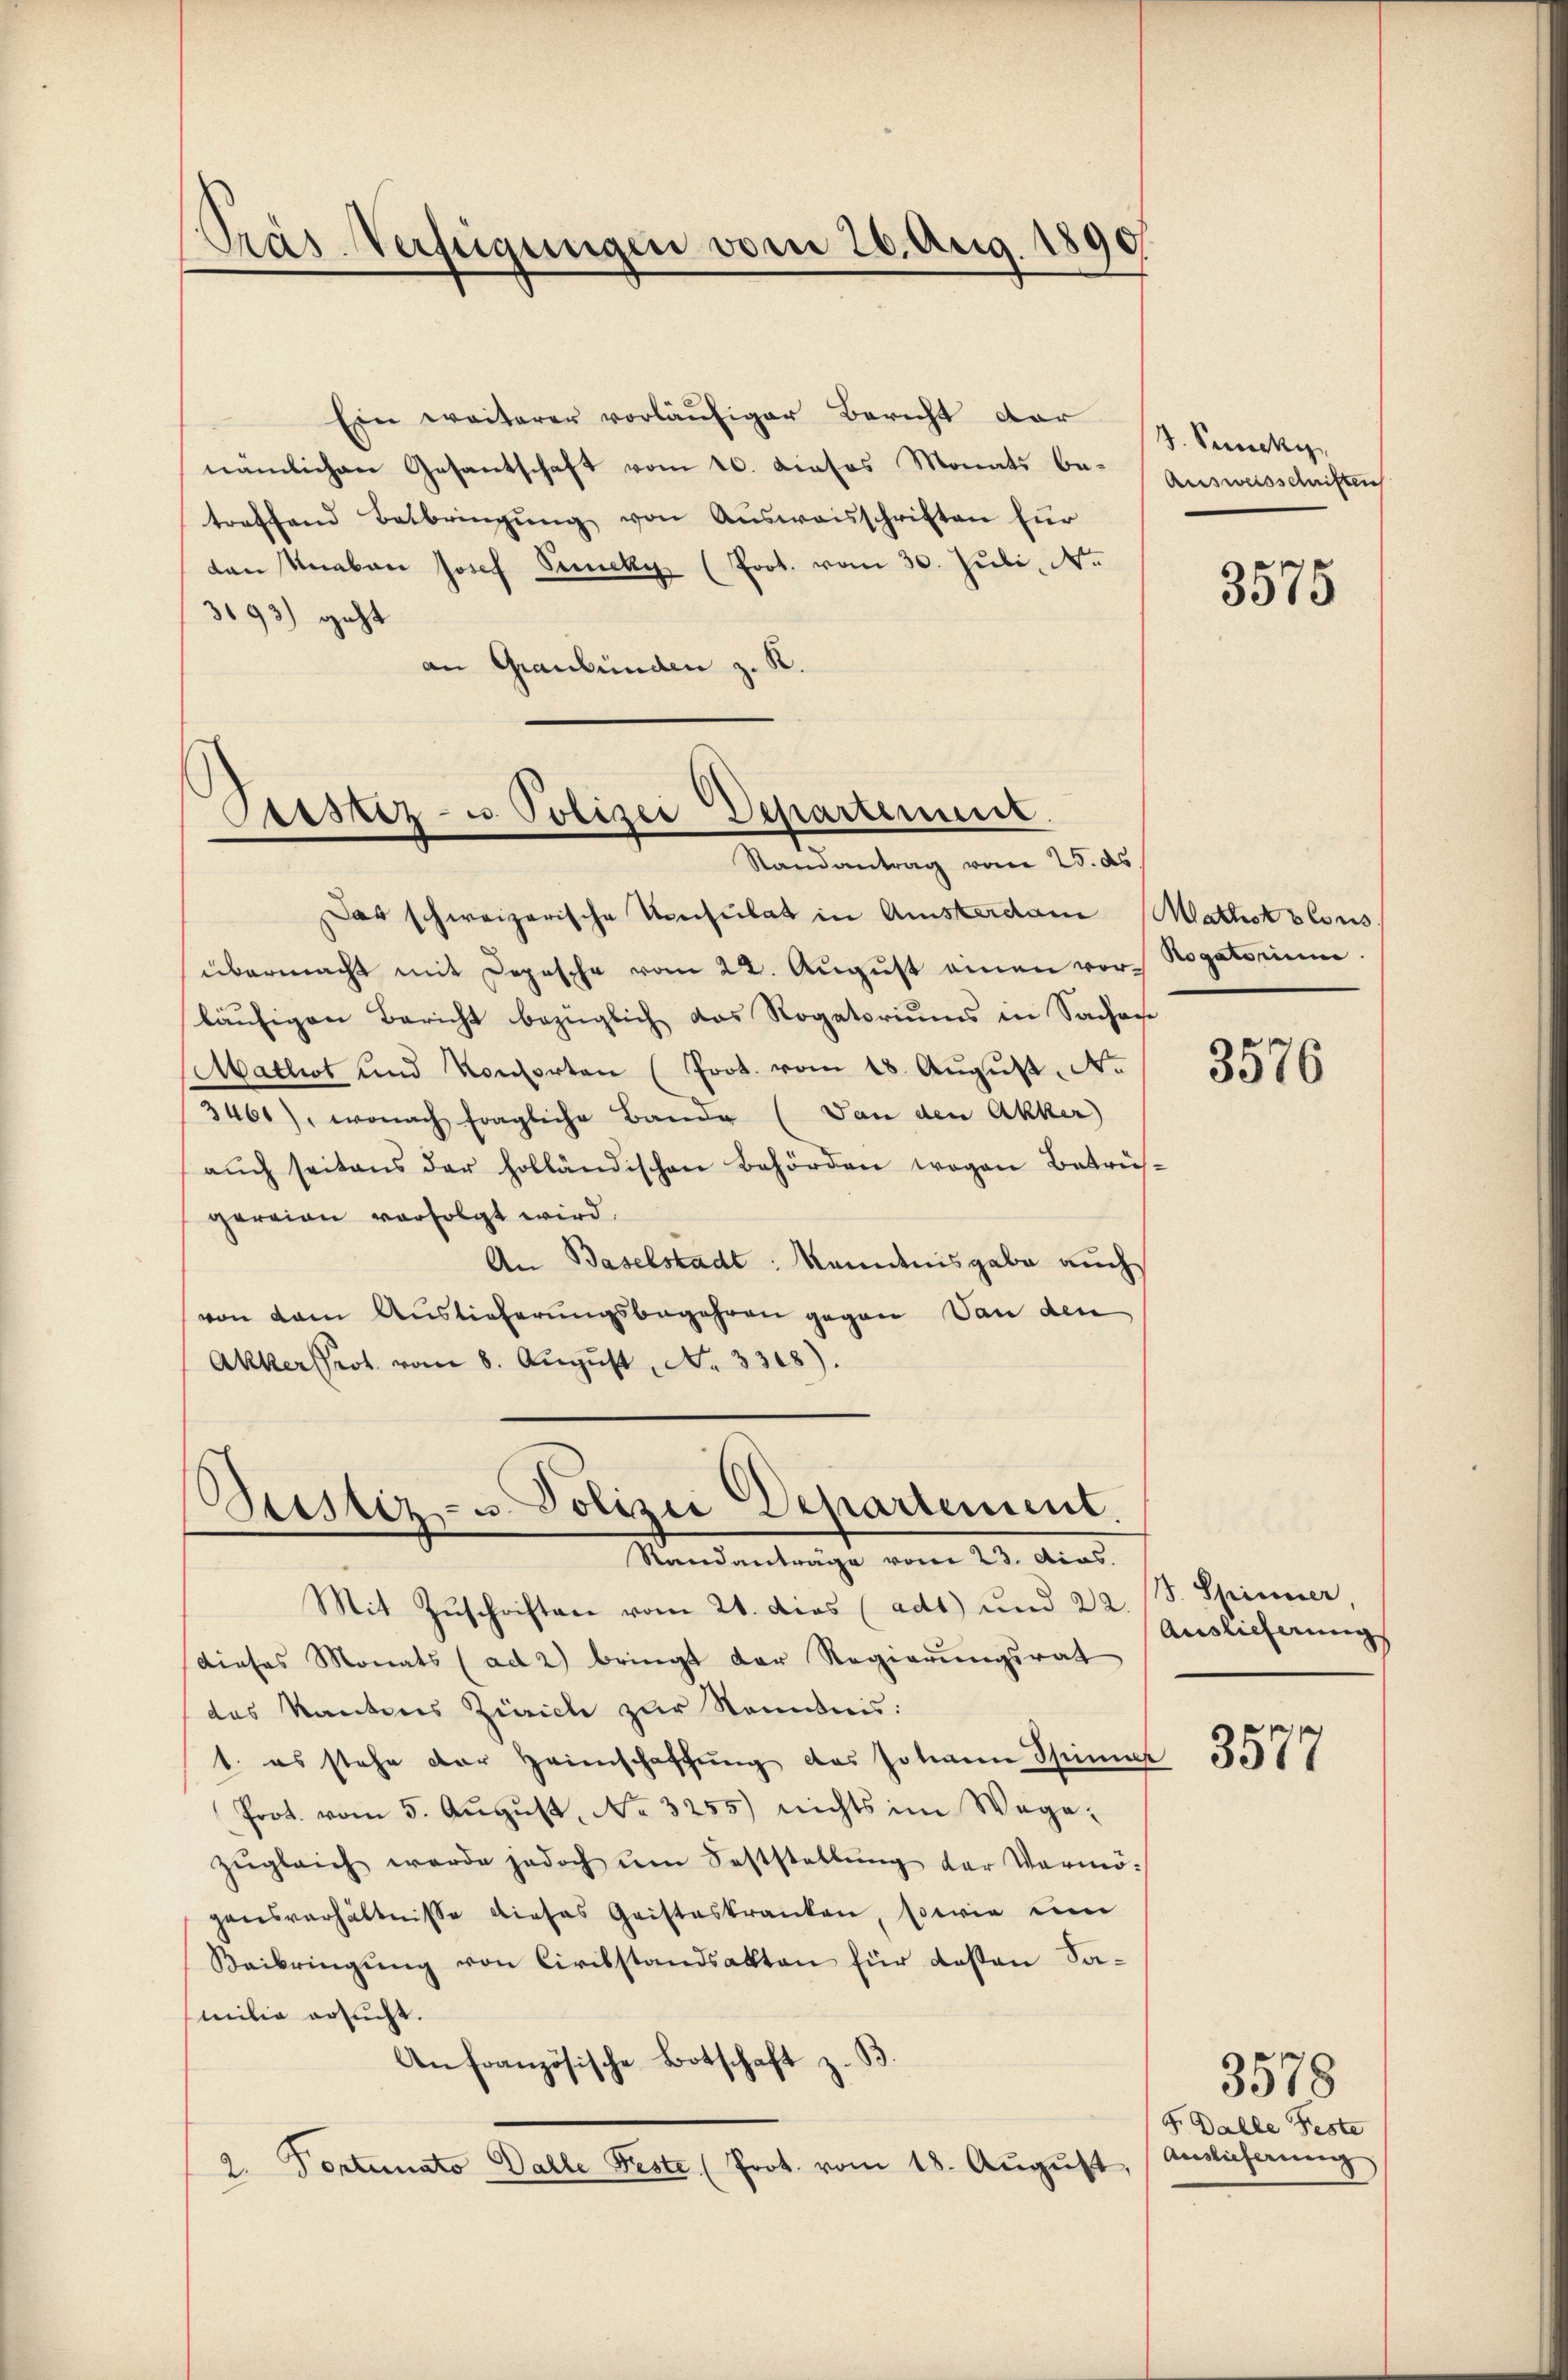
Pras Verfügungen vom 26. Aug. 1890

Ein weiterer vorläufiger Bericht dar
nämlichen Gesantschaft vom 10. Dieses Monats betreffend Betbringŭng von Aŭsweisschriften für
an Knaben Josef Seeky (Prot. vom 30. Juli, Nr.
3193) geht
an Graubünden z. R.

Cursrez- u. Polizei Departement.
Randantrag vom 25. ds

Das schweizerische Konsulat in Amsterdame Mathst blous.
übermacht mit Depesche vom 22. Aŭgŭst einen vor Rogatorium.
läufigen Bericht bezüglich das Rogatoriums in Saches
Mathiot und Konsorten (Prot. vom 18. Aŭgŭst No
3461), wonach fragliche Bande (Von den Akker
aŭch seitens der holländischen Behörden wegen Betrus-
gereien verfolgt wird.
An Baselstadt: Kenntnisgabe auch
von dem Auslieferungsbegehren gegen Von den
Akker Prot. vom 8. Aŭgŭst No. 3308).

Sistiz- u. Polizei Departement.
Standanträge vom 23. das.

J. Puncky
Ausweisschriften

Mit Zuschriften vom 21. dies (ad1) und 22 S. Spinner
dieses Monats (ad 2 bringt der Regierŭngsrat
das Kantons Zürich zur Kenntnis:
1. es stehe der Heimschaffŭng des Johann Spina 377
Prot. vom 5. Aŭgŭst No. 3255) nichts im Wege-
zŭgleich werde jedoch ŭm Feststellŭng der Vermö-
gensverhältnisse dieses Geisteskranken, sowie ein
Beibringŭng von Civilstandsakten für desten Samilie ersucht.
Anfranzösische Botschaft z. B
2. Pontinato Dalle Feste (Prot. vom 18. Aŭgŭst.

3575

3576

Auslieferung

F. Dalle Feste
Auslieferung

3578